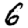
Digit: 6